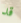
قد